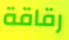
رقاقة